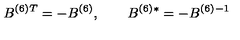
B ^ { ( 6 ) } { } ^ { T } = - B ^ { ( 6 ) } , \qquad B ^ { ( 6 ) } { } ^ { * } = - B ^ { ( 6 ) } { } ^ { - 1 }